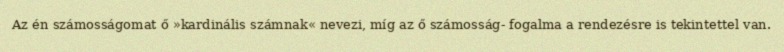
Az én számosságomat ő »kardinális számnak« nevezi, míg az ő számosság- fogalma a rendezésre is tekintettel van.